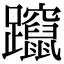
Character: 躥